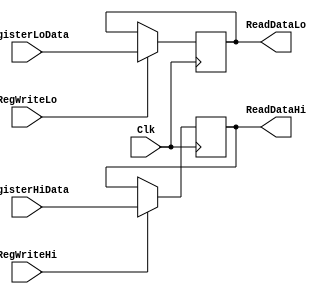
`timescale 1ns / 1ps

////////////////////////////////////////////////////////////////////////////////
// ECE369 - Computer Architecture
// 
//
//
// Student(s) Name and Last Name: FILL IN YOUR INFO HERE!
//
//
// Module - register_file.v
// Description - Implements a register file with 32 32-Bit wide registers.
//
// 
// INPUTS:-
// ReadRegister1: 5-Bit address to select a register to be read through 32-Bit 
//                output port 'ReadRegister1'.
// ReadRegister2: 5-Bit address to select a register to be read through 32-Bit 
//                output port 'ReadRegister2'.
// WriteRegister: 5-Bit address to select a register to be written through 32-Bit
//                input port 'WriteRegister'.
// WriteData: 32-Bit write input port.
// RegWrite: 1-Bit control input signal.
//
// OUTPUTS:-
// ReadData1: 32-Bit registered output. 
// ReadData2: 32-Bit registered output. 
//
// FUNCTIONALITY:-
// 'ReadRegister1' and 'ReadRegister2' are two 5-bit addresses to read two 
// registers simultaneously. The two 32-bit data sets are available on ports 
// 'ReadData1' and 'ReadData2', respectively. 'ReadData1' and 'ReadData2' are 
// registered outputs (output of register file is written into these registers 
// at the falling edge of the clock). You can view it as if outputs of registers
// specified by ReadRegister1 and ReadRegister2 are written into output 
// registers ReadData1 and ReadData2 at the falling edge of the clock. 
//
// 'RegWrite' signal is high during the rising edge of the clock if the input 
// data is to be written into the register file. The contents of the register 
// specified by address 'WriteRegister' in the register file are modified at the 
// rising edge of the clock if 'RegWrite' signal is high. The D-flip flops in 
// the register file are positive-edge (rising-edge) triggered. (You have to use 
// this information to generate the write-clock properly.) 
//
// NOTE:-
// We will design the register file such that the contents of registers do not 
// change for a pre-specified time before the falling edge of the clock arrives 
// to allow for data multiplexing and setup time.
////////////////////////////////////////////////////////////////////////////////

module HiLoRegisters(RegisterHiData, RegisterLoData, RegWriteHi, RegWriteLo, Clk, ReadDataHi, ReadDataLo);
	//Input declaration
	input[31:0] RegisterHiData; //Data to be written to Hi register
	input[31:0] RegisterLoData; //data to be written for low Register

	input RegWriteHi; //Hi write control signal
	input RegWriteLo; //Lo write control signa;
	input Clk;
	output reg [31:0] ReadDataHi; //Outputs Hi Register
	output reg [31:0] ReadDataLo; //Outputs Lo Register
	
	//Memory Declaraton
	reg[31:0] Registers[1:0]; //registers[1] = Hi, Registers[0] = Lo
	   
	//Read Process
	always @(*)
	begin
	   ReadDataHi <= Registers[1];
	   ReadDataLo <= Registers[0];
	end
	
	//Write process
	always @(posedge Clk)
	begin
	   if (RegWriteHi) begin
	       Registers[1] <= RegisterHiData;
	   end
	   if (RegWriteLo) begin
	       Registers[0] <= RegisterLoData;
	   end
	end

endmodule